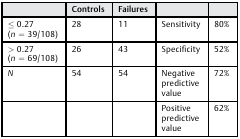
<table><thead><tr><td></td><td><b>Controls</b></td><td><b>Failures</b></td><td></td><td></td></tr></thead><tbody><tr><td>≤ 0.27 (<i>n</i> = 39/108)</td><td>28</td><td>11</td><td>Sensitivity</td><td>80%</td></tr><tr><td>&gt; 0.27 (<i>n</i> = 69/108)</td><td>26</td><td>43</td><td>Specificity</td><td>52%</td></tr><tr><td><i>N</i></td><td>54</td><td>54</td><td>Negative predictive value</td><td>72%</td></tr><tr><td></td><td></td><td></td><td>Positive predictive value</td><td>62%</td></tr></tbody></table>